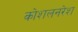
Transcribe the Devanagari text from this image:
कोशलनरेश